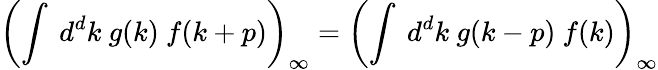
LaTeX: \left(\int\ d^{d}k\ g(k)\ f(k+p)\right)_{\infty}=\left(\int\ d^{d}k\ g(k-p)\ f(k)\right)_{\infty}